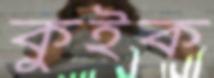
কুইক